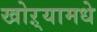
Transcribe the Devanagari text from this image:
खोऱ्यामधे